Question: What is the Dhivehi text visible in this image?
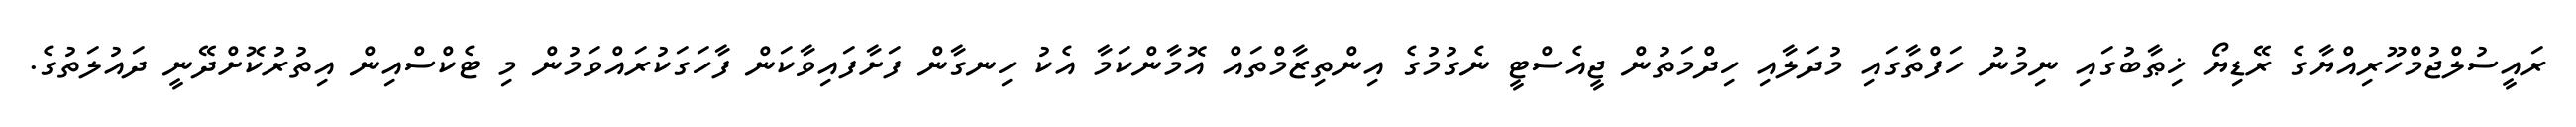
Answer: ރައީސުލްޖުމްހޫރިއްޔާގެ ރޭޑިޔޯ ޚިޠާބުގައި ނިމުނު ހަފްތާގައި މުދަލާއި ހިދްމަތުން ޖީއެސްޓީ ނެގުމުގެ އިންތިޒާމްތައް އޮމާންކަމާ އެކު ހިނގާން ފަށާފައިވާކަން ފާހަގަކުރައްވަމުން މި ޓެކްސްއިން އިތުރުކޮށްދޭނީ ދައުލަތުގެ.